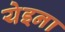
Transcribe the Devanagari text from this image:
येइना